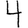
Digit: 4